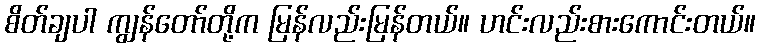
စိတ်ချပါ ကျွန်တော်တို့က မြန်လည်းမြန်တယ်။ ဟင်းလည်းစားကောင်းတယ်။